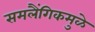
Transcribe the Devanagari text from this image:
समलैंगिकमुळे